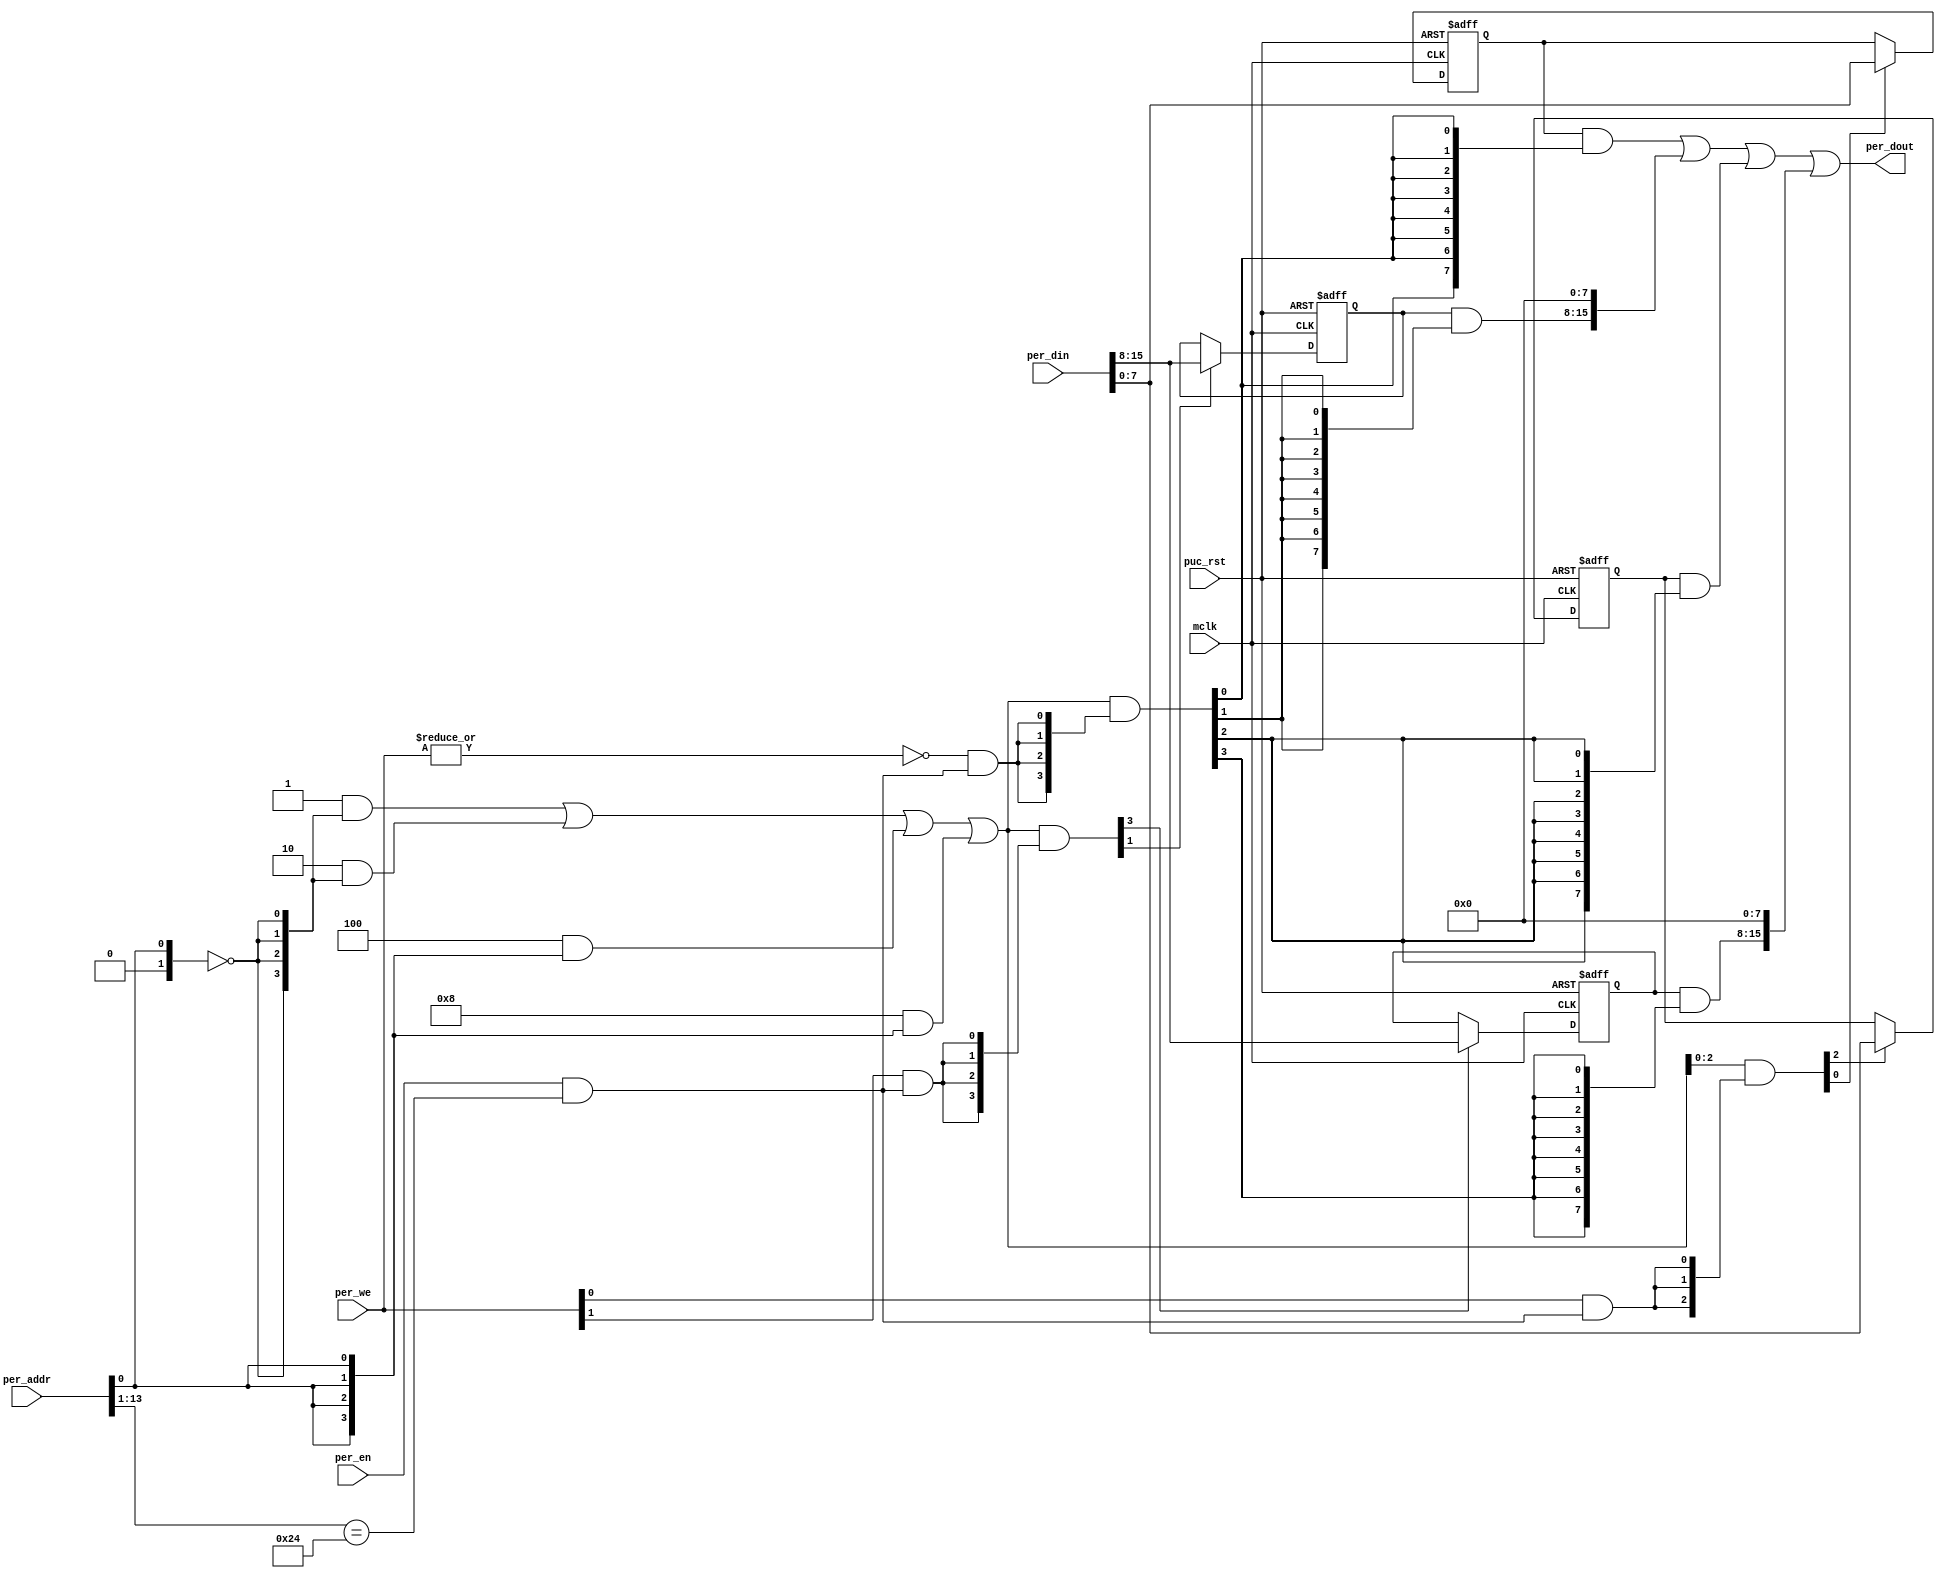
//----------------------------------------------------------------------------
// Copyright (C) 2009 , Olivier Girard
//
// Redistribution and use in source and binary forms, with or without
// modification, are permitted provided that the following conditions
// are met:
//     * Redistributions of source code must retain the above copyright
//       notice, this list of conditions and the following disclaimer.
//     * Redistributions in binary form must reproduce the above copyright
//       notice, this list of conditions and the following disclaimer in the
//       documentation and/or other materials provided with the distribution.
//     * Neither the name of the authors nor the names of its contributors
//       may be used to endorse or promote products derived from this software
//       without specific prior written permission.
//
// THIS SOFTWARE IS PROVIDED BY THE COPYRIGHT HOLDERS AND CONTRIBUTORS "AS IS"
// AND ANY EXPRESS OR IMPLIED WARRANTIES, INCLUDING, BUT NOT LIMITED TO, THE
// IMPLIED WARRANTIES OF MERCHANTABILITY AND FITNESS FOR A PARTICULAR PURPOSE
// ARE DISCLAIMED. IN NO EVENT SHALL THE COPYRIGHT HOLDER OR CONTRIBUTORS BE
// LIABLE FOR ANY DIRECT, INDIRECT, INCIDENTAL, SPECIAL, EXEMPLARY,
// OR CONSEQUENTIAL DAMAGES (INCLUDING, BUT NOT LIMITED TO, PROCUREMENT OF
// SUBSTITUTE GOODS OR SERVICES; LOSS OF USE, DATA, OR PROFITS; OR BUSINESS
// INTERRUPTION) HOWEVER CAUSED AND ON ANY THEORY OF LIABILITY, WHETHER IN
// CONTRACT, STRICT LIABILITY, OR TORT (INCLUDING NEGLIGENCE OR OTHERWISE)
// ARISING IN ANY WAY OUT OF THE USE OF THIS SOFTWARE, EVEN IF ADVISED OF
// THE POSSIBILITY OF SUCH DAMAGE
//
//----------------------------------------------------------------------------
//
// *File Name: template_periph_8b.v
// 
// *Module Description:
//                       8 bit peripheral template.
//
// *Author(s):
//              - Olivier Girard,    olgirard@gmail.com
//
//----------------------------------------------------------------------------
// $Rev$
// $LastChangedBy$
// $LastChangedDate$
//----------------------------------------------------------------------------

module  template_periph_8b (

// OUTPUTs
    per_dout,                       // Peripheral data output

// INPUTs
    mclk,                           // Main system clock
    per_addr,                       // Peripheral address
    per_din,                        // Peripheral data input
    per_en,                         // Peripheral enable (high active)
    per_we,                         // Peripheral write enable (high active)
    puc_rst                         // Main system reset
);

// OUTPUTs
//=========
output      [15:0] per_dout;        // Peripheral data output

// INPUTs
//=========
input              mclk;            // Main system clock
input       [13:0] per_addr;        // Peripheral address
input       [15:0] per_din;         // Peripheral data input
input              per_en;          // Peripheral enable (high active)
input        [1:0] per_we;          // Peripheral write enable (high active)
input              puc_rst;         // Main system reset


//=============================================================================
// 1)  PARAMETER DECLARATION
//=============================================================================

// Register base address (must be aligned to decoder bit width)
parameter       [14:0] BASE_ADDR   = 15'h0090;

// Decoder bit width (defines how many bits are considered for address decoding)
parameter              DEC_WD      =  2;

// Register addresses offset
parameter [DEC_WD-1:0] CNTRL1      =  'h0,
                       CNTRL2      =  'h1,
                       CNTRL3      =  'h2,
                       CNTRL4      =  'h3;

   
// Register one-hot decoder utilities
parameter              DEC_SZ      =  (1 << DEC_WD);
parameter [DEC_SZ-1:0] BASE_REG    =  {{DEC_SZ-1{1'b0}}, 1'b1};

// Register one-hot decoder
parameter [DEC_SZ-1:0] CNTRL1_D  = (BASE_REG << CNTRL1),
                       CNTRL2_D  = (BASE_REG << CNTRL2), 
                       CNTRL3_D  = (BASE_REG << CNTRL3), 
                       CNTRL4_D  = (BASE_REG << CNTRL4); 


//============================================================================
// 2)  REGISTER DECODER
//============================================================================

// Local register selection
wire              reg_sel      =  per_en & (per_addr[13:DEC_WD-1]==BASE_ADDR[14:DEC_WD]);

// Register local address
wire [DEC_WD-1:0] reg_addr     =  {1'b0, per_addr[DEC_WD-2:0]};

// Register address decode
wire [DEC_SZ-1:0] reg_dec      = (CNTRL1_D  &  {DEC_SZ{(reg_addr==(CNTRL1 >>1))}}) |
                                 (CNTRL2_D  &  {DEC_SZ{(reg_addr==(CNTRL2 >>1))}}) |
                                 (CNTRL3_D  &  {DEC_SZ{(reg_addr==(CNTRL3 >>1))}}) |
                                 (CNTRL4_D  &  {DEC_SZ{(reg_addr==(CNTRL4 >>1))}});

// Read/Write probes
wire              reg_lo_write =  per_we[0] & reg_sel;
wire              reg_hi_write =  per_we[1] & reg_sel;
wire              reg_read     = ~|per_we   & reg_sel;

// Read/Write vectors
wire [DEC_SZ-1:0] reg_hi_wr    = reg_dec & {DEC_SZ{reg_hi_write}};
wire [DEC_SZ-1:0] reg_lo_wr    = reg_dec & {DEC_SZ{reg_lo_write}};
wire [DEC_SZ-1:0] reg_rd       = reg_dec & {DEC_SZ{reg_read}};


//============================================================================
// 3) REGISTERS
//============================================================================

// CNTRL1 Register
//-----------------
reg  [7:0] cntrl1;

wire       cntrl1_wr  = CNTRL1[0] ? reg_hi_wr[CNTRL1] : reg_lo_wr[CNTRL1];
wire [7:0] cntrl1_nxt = CNTRL1[0] ? per_din[15:8]     : per_din[7:0];

always @ (posedge mclk or posedge puc_rst)
  if (puc_rst)        cntrl1 <=  8'h00;
  else if (cntrl1_wr) cntrl1 <=  cntrl1_nxt;

   
// CNTRL2 Register
//-----------------
reg  [7:0] cntrl2;

wire       cntrl2_wr  = CNTRL2[0] ? reg_hi_wr[CNTRL2] : reg_lo_wr[CNTRL2];
wire [7:0] cntrl2_nxt = CNTRL2[0] ? per_din[15:8]     : per_din[7:0];

always @ (posedge mclk or posedge puc_rst)
  if (puc_rst)        cntrl2 <=  8'h00;
  else if (cntrl2_wr) cntrl2 <=  cntrl2_nxt;

   
// CNTRL3 Register
//-----------------
reg  [7:0] cntrl3;

wire       cntrl3_wr  = CNTRL3[0] ? reg_hi_wr[CNTRL3] : reg_lo_wr[CNTRL3];
wire [7:0] cntrl3_nxt = CNTRL3[0] ? per_din[15:8]     : per_din[7:0];

always @ (posedge mclk or posedge puc_rst)
  if (puc_rst)        cntrl3 <=  8'h00;
  else if (cntrl3_wr) cntrl3 <=  cntrl3_nxt;

   
// CNTRL4 Register
//-----------------
reg  [7:0] cntrl4;

wire       cntrl4_wr  = CNTRL4[0] ? reg_hi_wr[CNTRL4] : reg_lo_wr[CNTRL4];
wire [7:0] cntrl4_nxt = CNTRL4[0] ? per_din[15:8]     : per_din[7:0];

always @ (posedge mclk or posedge puc_rst)
  if (puc_rst)        cntrl4 <=  8'h00;
  else if (cntrl4_wr) cntrl4 <=  cntrl4_nxt;



//============================================================================
// 4) DATA OUTPUT GENERATION
//============================================================================

// Data output mux
wire [15:0] cntrl1_rd   = {8'h00, (cntrl1  & {8{reg_rd[CNTRL1]}})}  << (8 & {4{CNTRL1[0]}});
wire [15:0] cntrl2_rd   = {8'h00, (cntrl2  & {8{reg_rd[CNTRL2]}})}  << (8 & {4{CNTRL2[0]}});
wire [15:0] cntrl3_rd   = {8'h00, (cntrl3  & {8{reg_rd[CNTRL3]}})}  << (8 & {4{CNTRL3[0]}});
wire [15:0] cntrl4_rd   = {8'h00, (cntrl4  & {8{reg_rd[CNTRL4]}})}  << (8 & {4{CNTRL4[0]}});

wire [15:0] per_dout  =  cntrl1_rd  |
                         cntrl2_rd  |
                         cntrl3_rd  |
                         cntrl4_rd;

   
endmodule // template_periph_8b